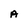
Character: A